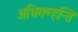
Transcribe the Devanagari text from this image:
अधिगण्हन्ति